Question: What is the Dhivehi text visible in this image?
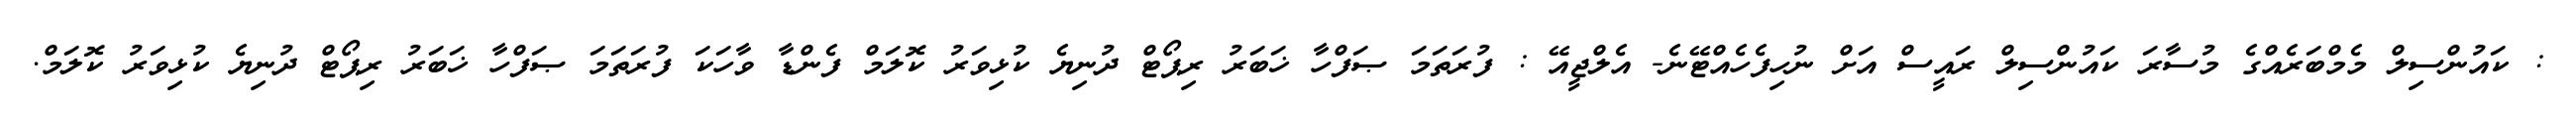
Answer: : ކައުންސިލް މެމްބަރެއްގެ މުސާރަ ކައުންސިލް ރައީސް އަށް ނުހިފެހެއްޓޭނެ- އެލްޖީއޭ : ފުރަތަމަ ޞަފްހާ ޚަބަރު ރިޕޯޓް ދުނިޔެ ކުޅިވަރު ކޮލަމް ފެންޑާ ވާހަކަ ފުރަތަމަ ޞަފްހާ ޚަބަރު ރިޕޯޓް ދުނިޔެ ކުޅިވަރު ކޮލަމް.